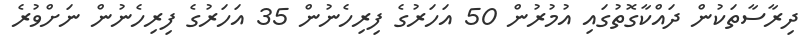
ދިރާސާތަކުން ދައްކާގޮތުގައި އުމުރުން 50 އަހަރުގެ ފިރިހެނުން 35 އަހަރުގެ ފިރިހެނުން ނަށްވުރެ